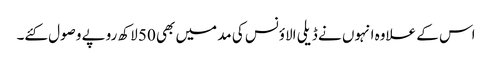
اس کے علاوہ انہوں نے ڈیلی الاؤنس کی مد میں بھی 50 لاکھ روپے وصول کئے۔